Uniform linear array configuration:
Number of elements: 32
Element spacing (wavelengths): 0.75
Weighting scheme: hamming
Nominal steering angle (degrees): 60
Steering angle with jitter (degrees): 58.813
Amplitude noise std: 0.05
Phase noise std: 0.05

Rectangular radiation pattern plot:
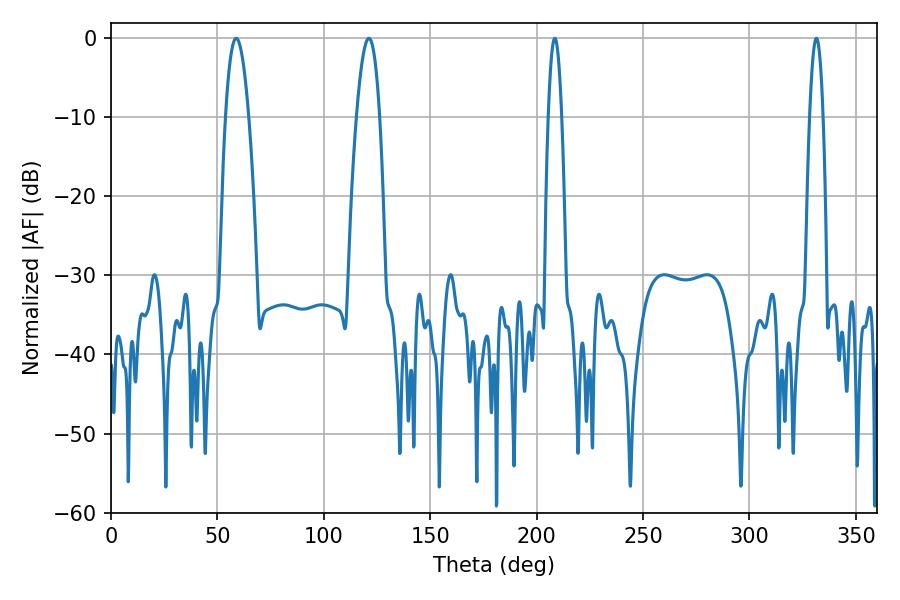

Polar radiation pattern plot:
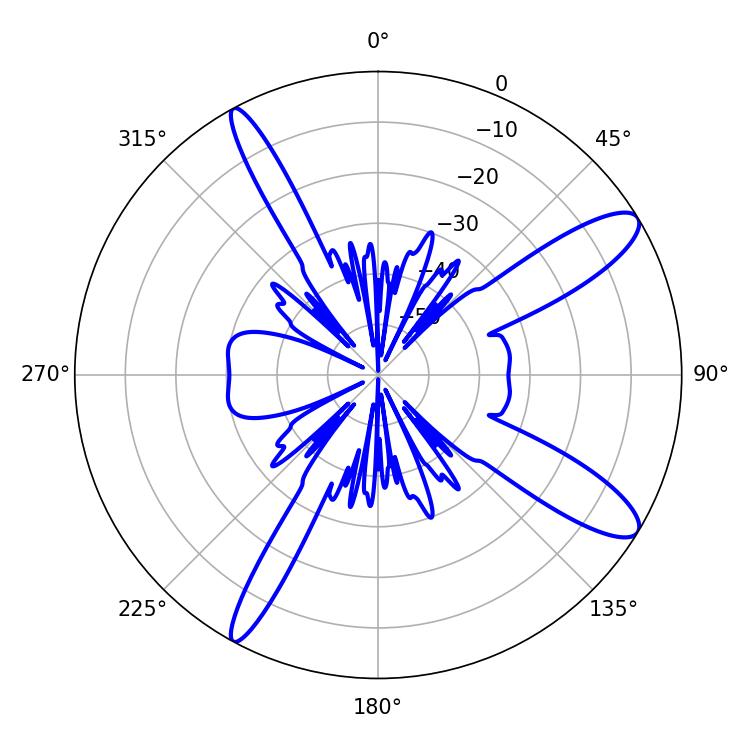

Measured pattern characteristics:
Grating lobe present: TRUE
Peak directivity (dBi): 11.861
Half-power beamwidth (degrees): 5.94
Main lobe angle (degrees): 58.86